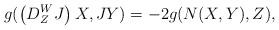
LaTeX: \begin{align*} g(\left(D^W_ZJ\right)X,JY)=-2g(N(X,Y),Z), \end{align*}